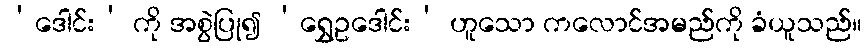
‘ဒေါင်း’ ကို အစွဲပြု၍ ‘ရွှေဥဒေါင်း’ ဟူသော ကလောင်အမည်ကို ခံယူသည်။